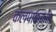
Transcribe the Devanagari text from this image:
कलपाक्कम